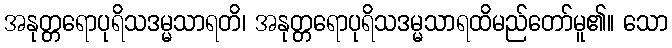
အနုတ္တရောပုရိသဒမ္မသာရတိ၊ အနုတ္တရောပုရိသဒမ္မသာရထိမည်တော်မူ၏။ သော